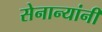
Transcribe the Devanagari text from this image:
सेनान्यांनी